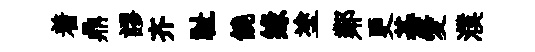
着鼎謬齐祉饒缘塗鄰更綦愛濮